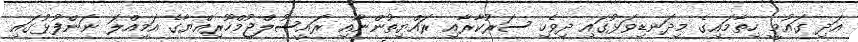
އަދި ގައުމީ ހިތާމައިގެ މިދަނޑިވަޅުގައި ދިވެހި ސަރުކާރާއި ރައްޔިތުންނާއި ރައީސުލްޖުމްހޫރިއްޔާގެ އަމިއްލަ ނަންފުޅުގައި